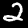
Label: 2